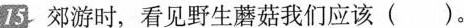
15 郊游时，看见野生蘑菇我们应该( )。